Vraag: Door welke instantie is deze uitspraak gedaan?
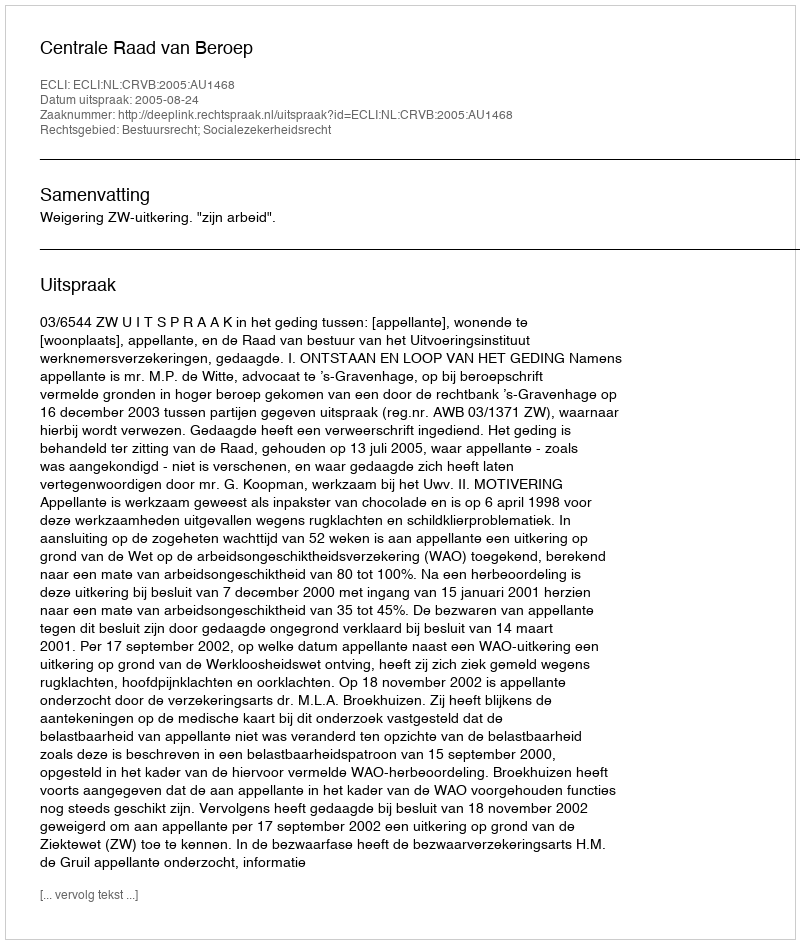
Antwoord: Centrale Raad van Beroep